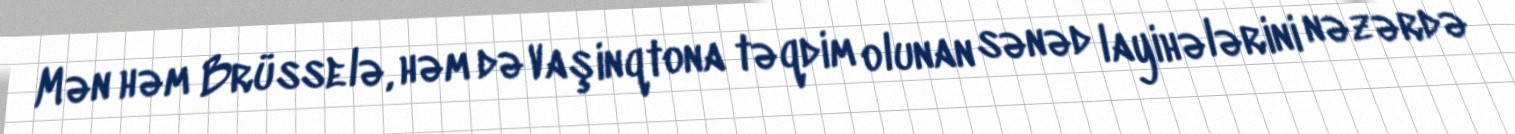
Mən həm Brüsselə, həm də Vaşinqtona təqdim olunan sənəd layihələrini nəzərdə